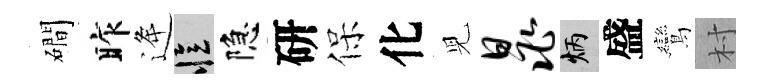
磵昨逄忆隐研保化児晁炳盛鸞村